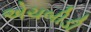
એચબીડી